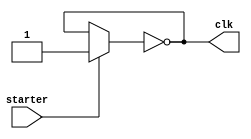
`timescale 1ns/1ns

module ring_osillator #(parameter N = 3 , parameter DELAY = 5) (input starter,output clk);

    wire [0:N]w;
    assign clk = w[N];
    assign w[0] = starter ? 1'b1 : w[N];
    genvar i;
    generate
        for(i = 0 ; i < N ; i = i + 1) begin : inv_gates
            not #(DELAY) (w[i+1],w[i]);
        end
    endgenerate
    
endmodule